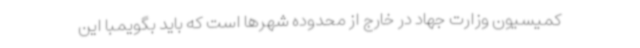
کمیسیون وزارت جهاد در خارج از محدوده شهرها است که باید بگویمبا این